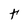
Character: t